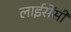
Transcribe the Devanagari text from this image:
लाईसेंसी